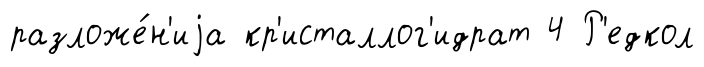
разложе́н'иjа кр'исталлог'идрат 4 Р'едкол